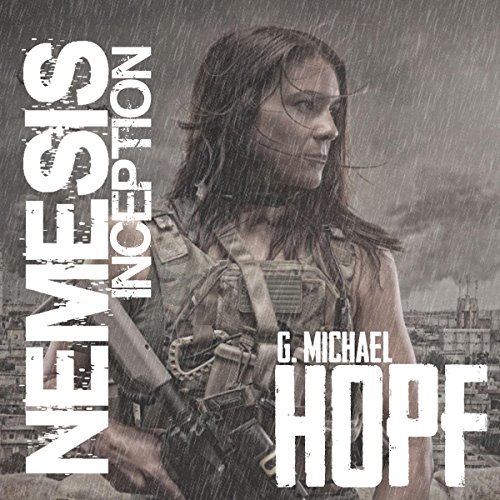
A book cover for Nemesis: Inception; G. Michael Hopf; Science Fiction & Fantasy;